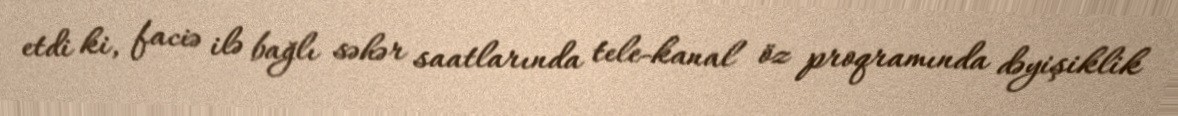
etdi ki, faciə ilə bağlı səhər saatlarında tele-kanal öz proqramında dəyişiklik